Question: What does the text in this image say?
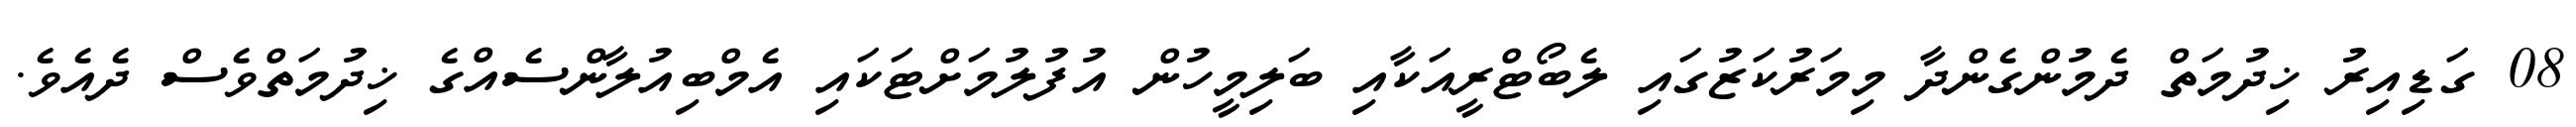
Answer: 08 ގަޑިއިރު ޚިދުމަތް ދެމުންގެންދާ މިމަރުކަޒުގައި ލެބޯޓްރީއަކާއި ބަލިމީހުން އުފުލުމަށްޓަކައި އެމްބިއުލާންސެއްގެ ޚިދުމަތްވެސް ދެއެވެ.